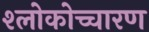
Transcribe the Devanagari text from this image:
श्लोकोच्चारण